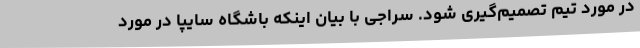
در مورد تیم تصمیم‌گیری شود. سراجی با بیان اینکه باشگاه سایپا در مورد